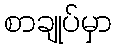
စာချုပ်မှာ